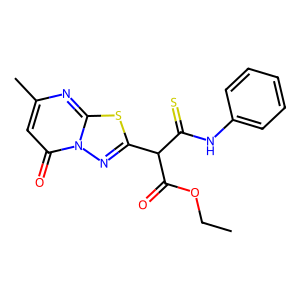
SMILES: CCOC(=O)C(C(=S)Nc1ccccc1)c1nn2c(=O)cc(C)nc2s1
Inhibits HIV replication: No